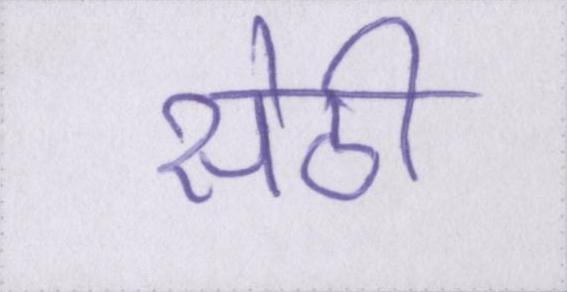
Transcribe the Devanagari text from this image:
सेठी